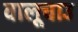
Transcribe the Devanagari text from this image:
वालूचाउ